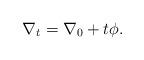
LaTeX: \begin{align*}\nabla_t=\nabla_0+t\phi.\end{align*}